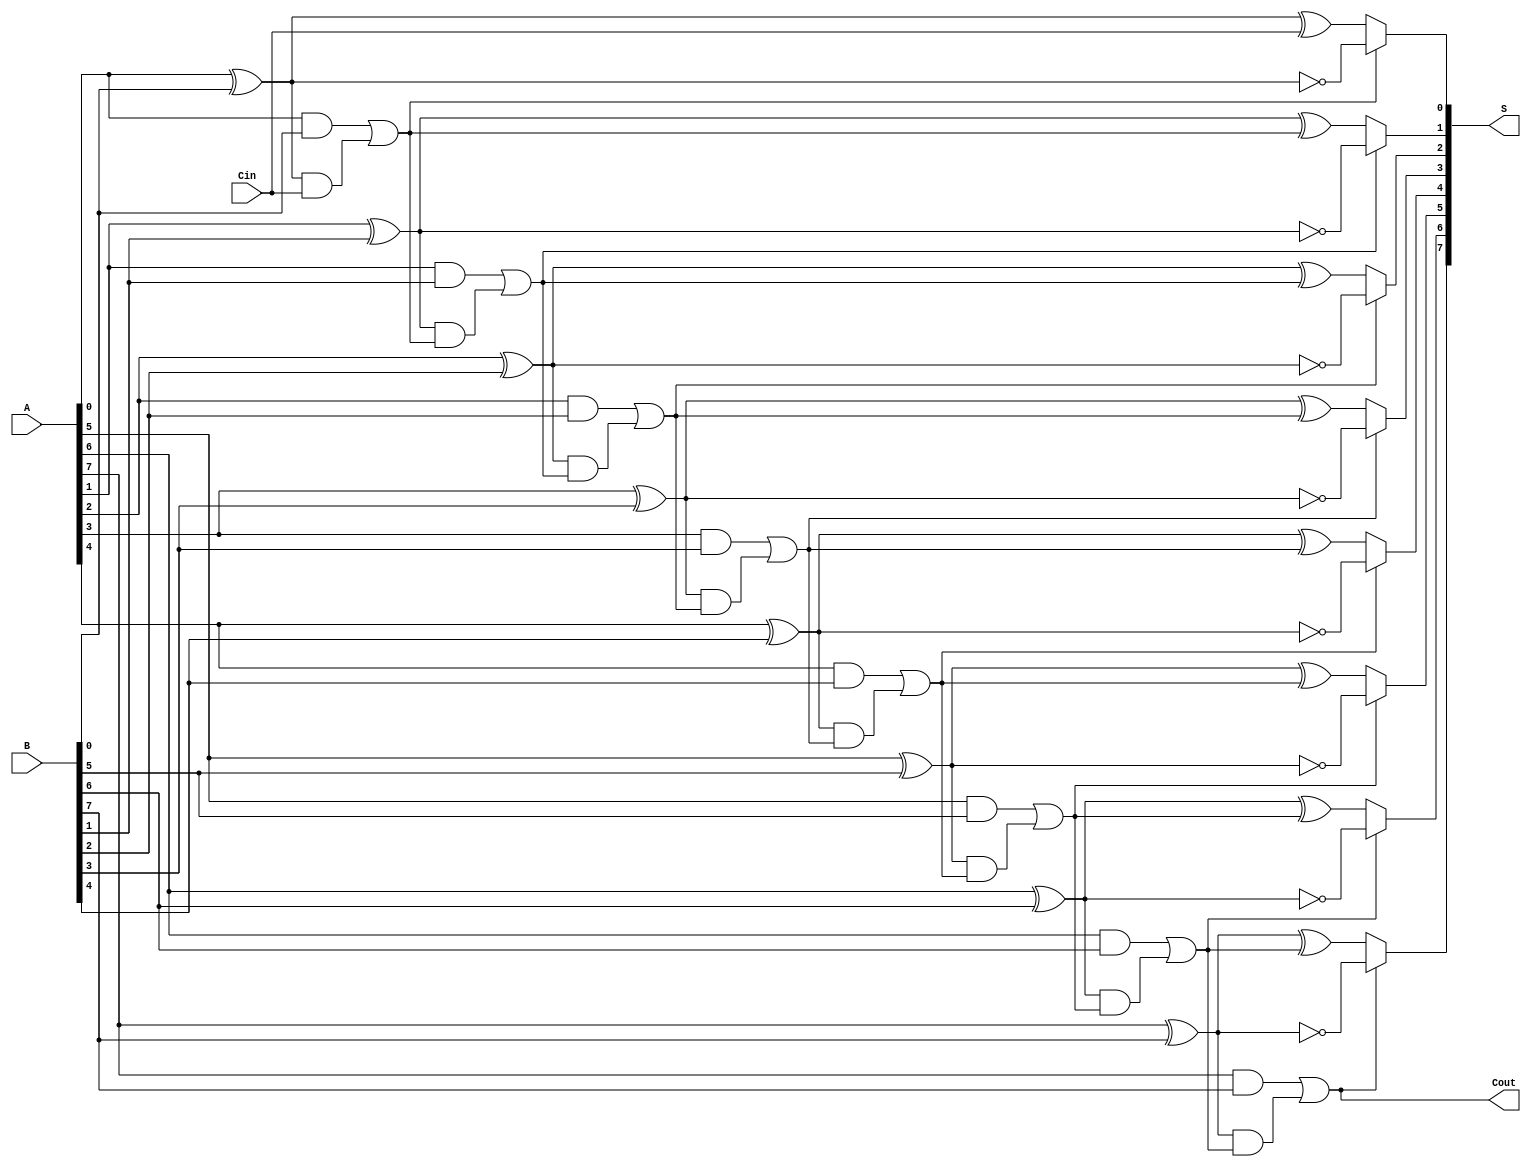
module ConditionalSumAdder #(parameter N = 8) (
    input  wire [N-1:0] A,       // First n-bit input
    input  wire [N-1:0] B,       // Second n-bit input
    input  wire Cin,              // Carry-in
    output wire [N-1:0] S,        // n-bit sum output
    output wire Cout              // Carry-out
);

    // Generate and Propagate signals
    wire [N-1:0] G; // Generate
    wire [N-1:0] P; // Propagate
    wire [N:0] C;    // Carry signals

    genvar i;

    // Generate and Propagate computation
    generate
        for (i = 0; i < N; i = i + 1) begin : gen_prop
            assign G[i] = A[i] & B[i];     // Generate
            assign P[i] = A[i] ^ B[i];     // Propagate
        end
    endgenerate

    // Carry generation
    assign C[0] = Cin; // Initial carry

    generate
        for (i = 1; i <= N; i = i + 1) begin : carry_gen
            assign C[i] = G[i-1] | (P[i-1] & C[i-1]); // Carry generation
        end
    endgenerate

    // Conditional sum calculation
    wire [N-1:0] S0; // Sum if carry = 0
    wire [N-1:0] S1; // Sum if carry = 1

    generate
        for (i = 0; i < N; i = i + 1) begin : sum_calc
            assign S0[i] = P[i] ^ C[i];      // Sum when carry is 0
            assign S1[i] = ~P[i];             // Sum when carry is 1
        end
    endgenerate

    // Final sum selection based on carry
    generate
        for (i = 0; i < N; i = i + 1) begin : mux_sum
            assign S[i] = C[i+1] ? S1[i] : S0[i]; // Multiplexer for selecting sum
        end
    endgenerate

    // Final carry-out
    assign Cout = C[N]; // Final carry-out

endmodule